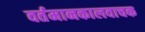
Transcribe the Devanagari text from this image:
वर्तमानकालवाचक